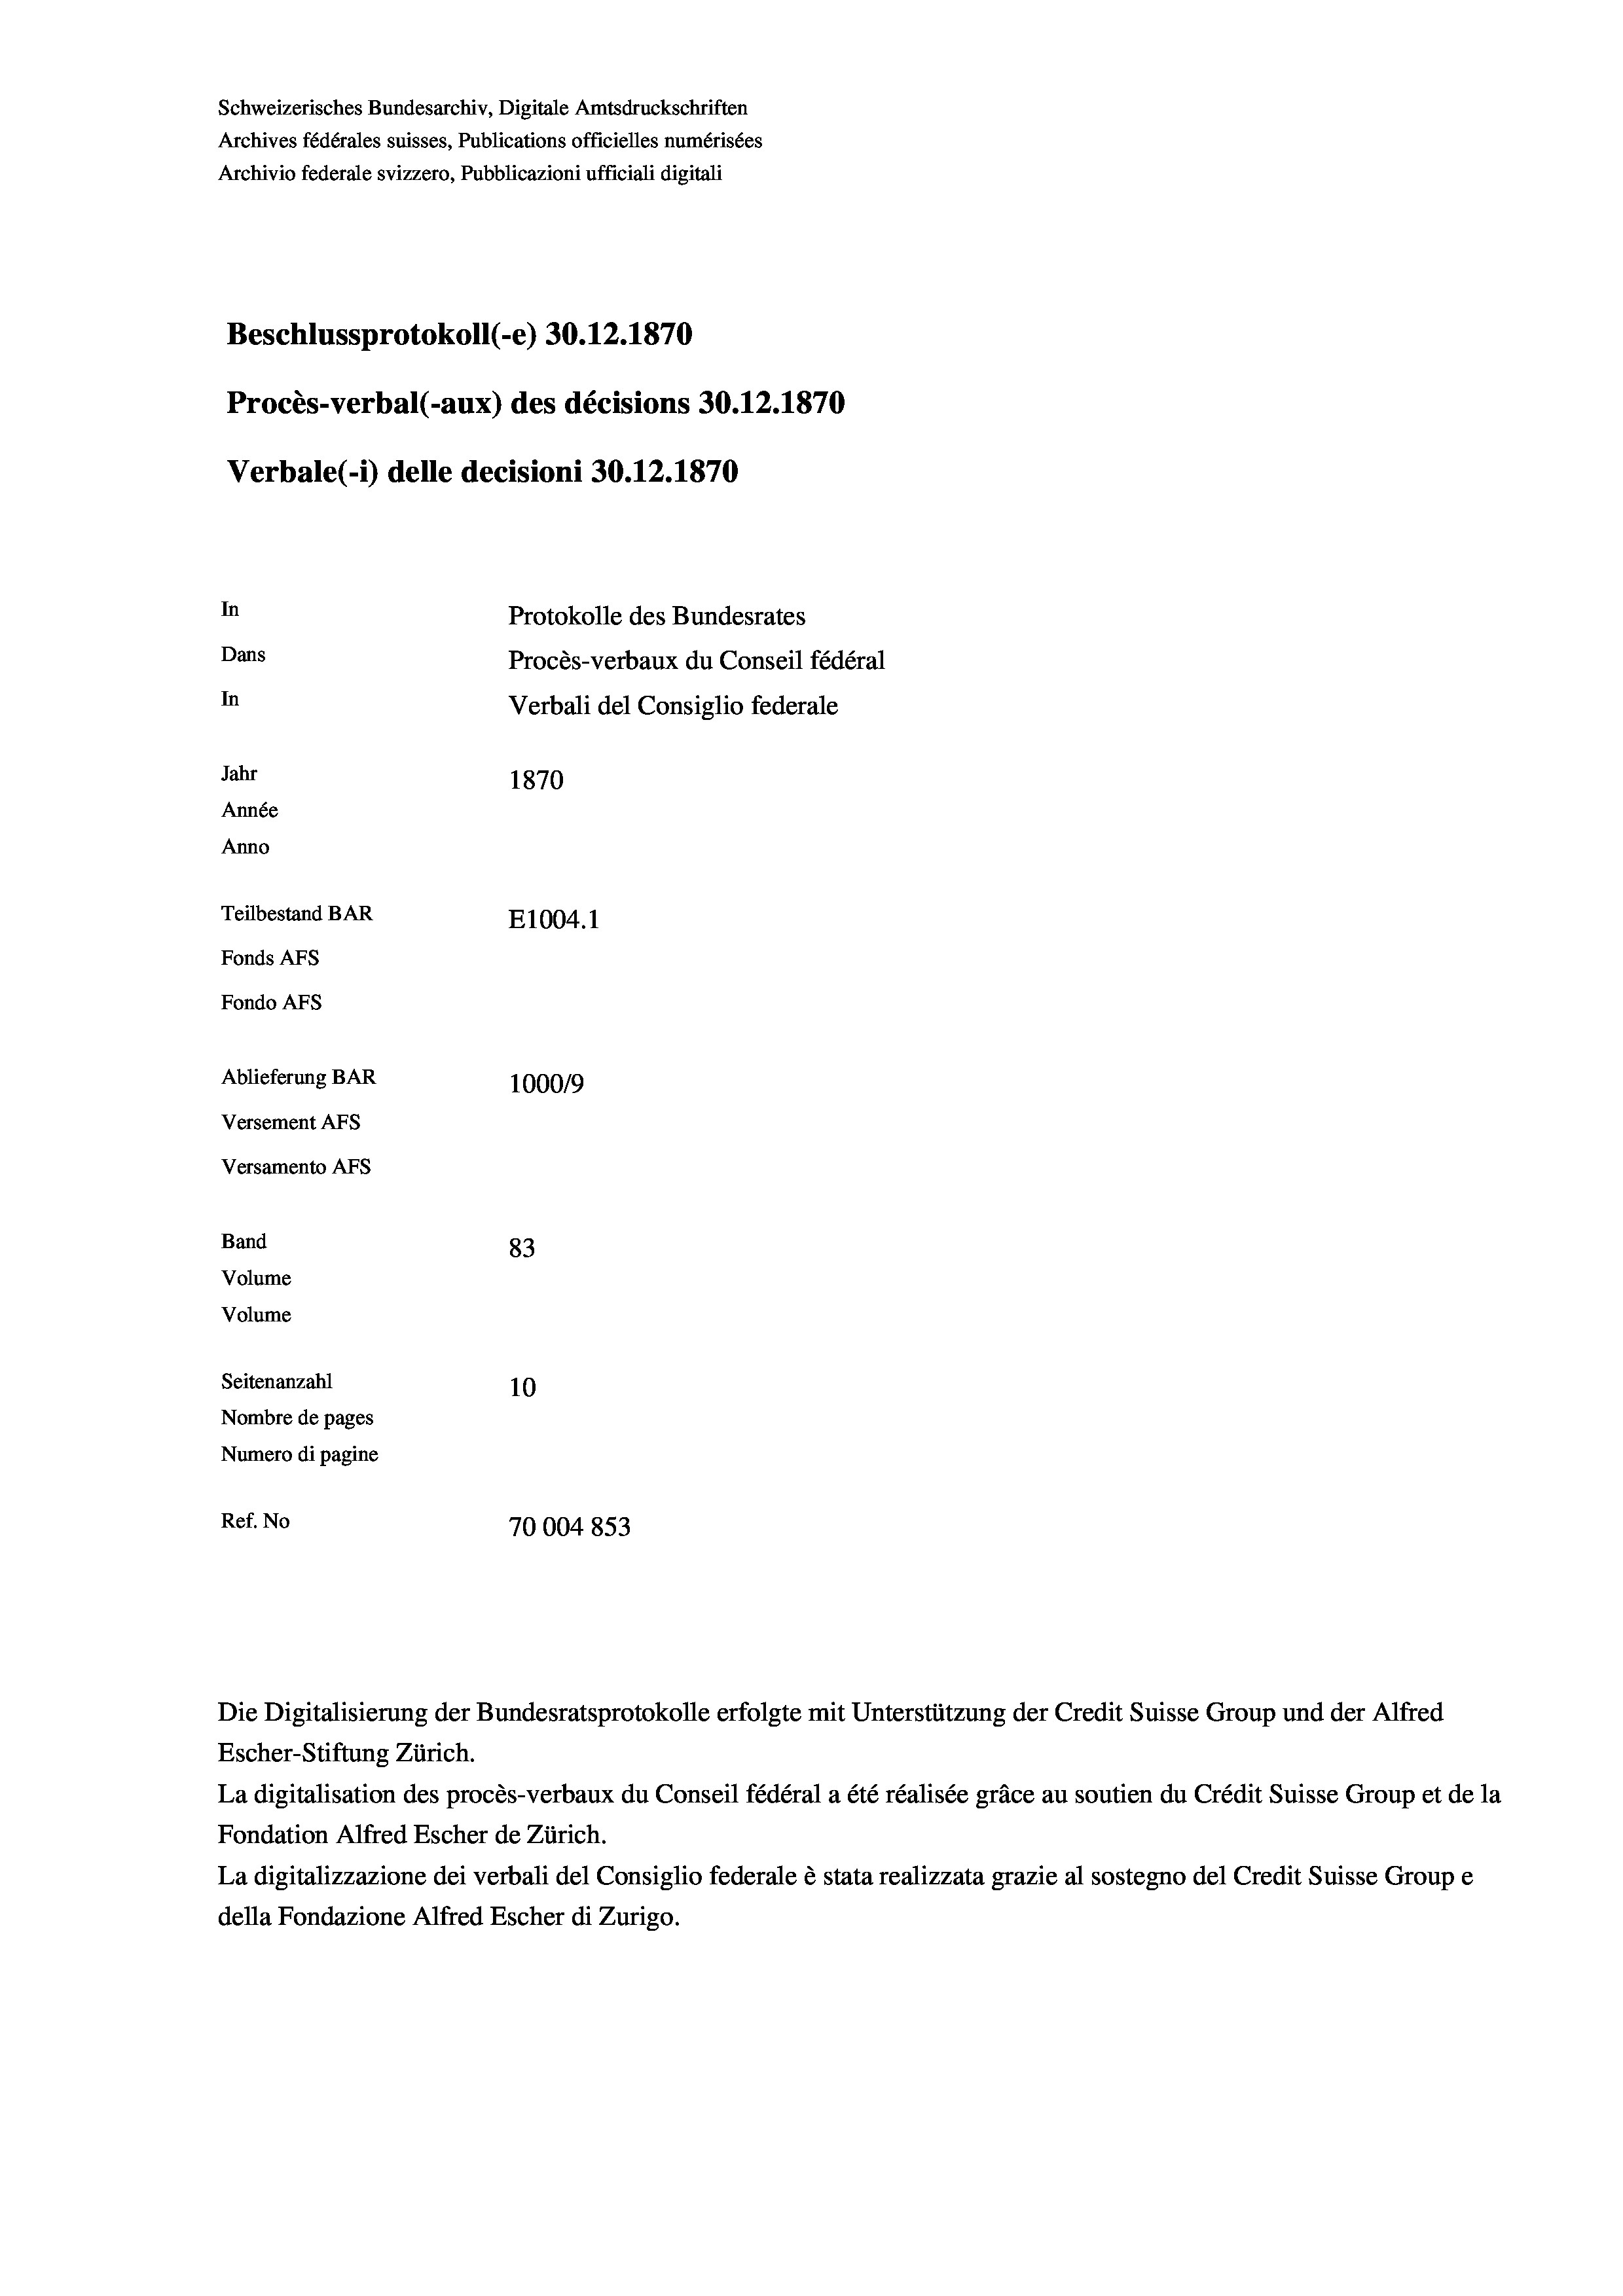
Schweizerisches Bundesarchiv, Digitale Amtsdruckschriften
Archives fédérales suisses, Publications officielles numérisées
Archivio federale svizzero, Pubblicazioni ufficiali digitali
Beschlussprotokoll (-e) 30.12.1870
Procès-verbal (-aux) des décisions 30.12.1870
Verbale(-*) delle decisioni 30.12.1870
In
Protokolle des Bundesrates
Dans
Procès-verbaux du Conseil fédéral
In
Verbali del Consiglio federale
Jahr
1870
Année
Anno
Teilbestand BAR
E1004.1
Fonds Afs
Fondo AFs

Ablieferung BAR
Versement Abs
Versamento Afs
Band
Volume
Volume

1000/9
83
Seitenanzahl
10
Nombre de pages
Numero di pagine
Ref. No
70004853

Die Digitalisierung der Bundesratsprotokolle erfolgte mit Unterstützung der Credit Suisse Group und der Alfred
Escher-Stiftung Zürich.
La digitalisation des procès-verbaux du Conseil fédéral a été réalisée gräce au soutien du Crédit Suisse Group et de la
Fondation Alfred Escher de Zürich.
La digitalizzazione dei verbali del Consiglio federale è stata realizzata grazie al sostegno del Credit Suisse Groupe
della Fondazione Alfred Escher di Zurigo.